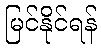
မြင်နိုင်ရန်